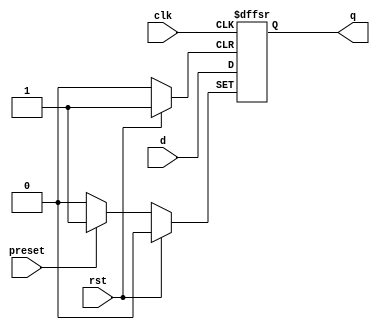
module async_preset_dff (
    input wire clk,
    input wire rst,
    input wire preset,
    input wire d,
    output reg q  
);

always @(posedge clk or posedge rst or posedge preset) begin
    if (rst) begin
        q <= 1'b0;  // reset to 0
    end else if (preset) begin
        q <= 1'b1;  // set to 1 when preset is asserted
    end else begin
        q <= d;     // standard behavior with clock
    end
end

endmodule